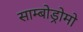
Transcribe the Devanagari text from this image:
साम्बोड्रोमो